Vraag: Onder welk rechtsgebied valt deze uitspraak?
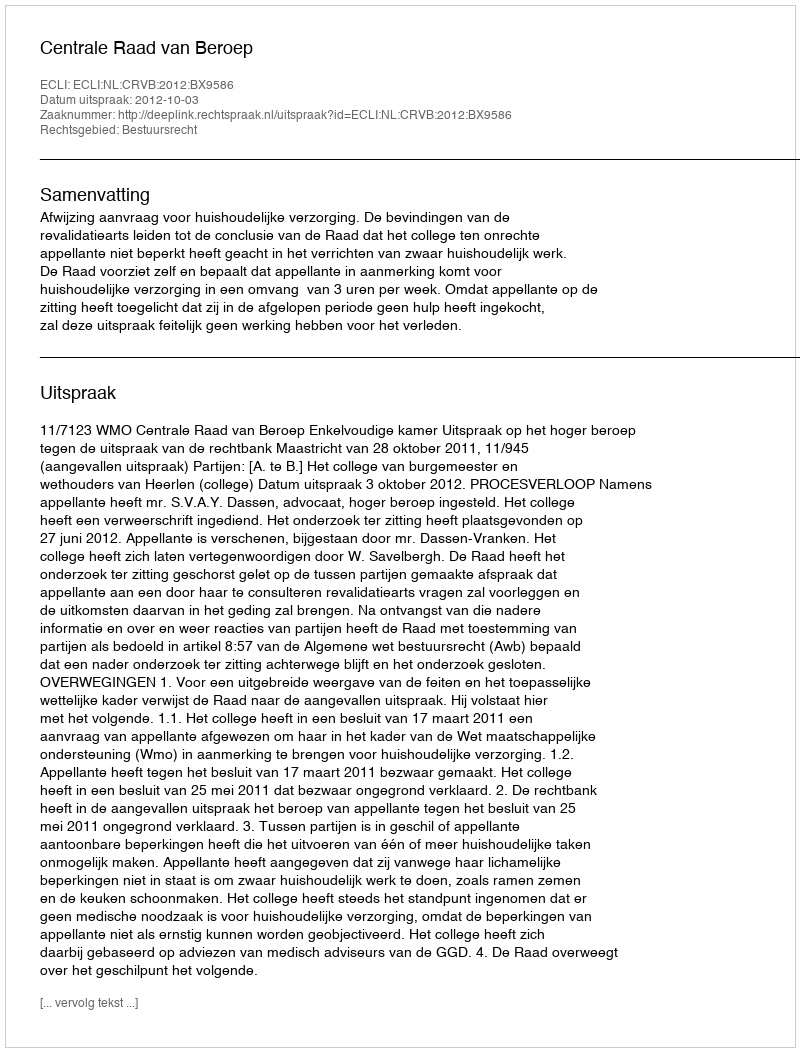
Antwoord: Bestuursrecht